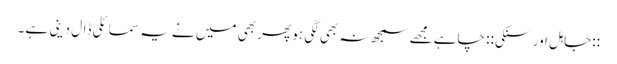
::جاہل اور سنکی:: چاہے مجھے سمجھ نہ بھی لگی ہو پھر بھی میں نے یہ سمائلی ڈال دینی ہے۔